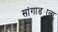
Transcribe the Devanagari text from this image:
सांगाड्याला